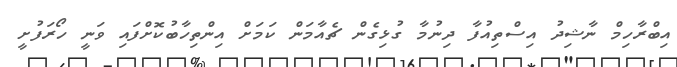
އިބްރާހިމް ނާޝިދު އިސްތިއުފާ ދިނުމާ ގުޅިގެން ޗެއާމަން ކަމަށް އިންތިހާބުކޮށްފައި ވަނީ ހޯރަފުށީ